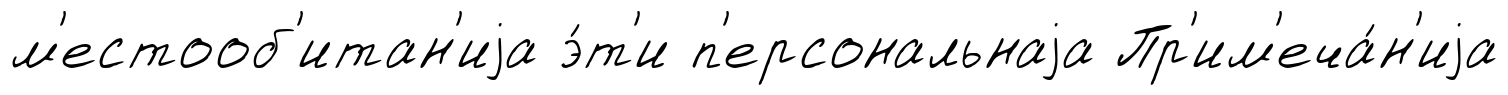
м'естооб'итан'иjа э́т'и п'ерсональнаjа Пр'им'еча́н'иjа